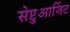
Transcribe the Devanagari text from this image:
सेप्टुआर्जिट